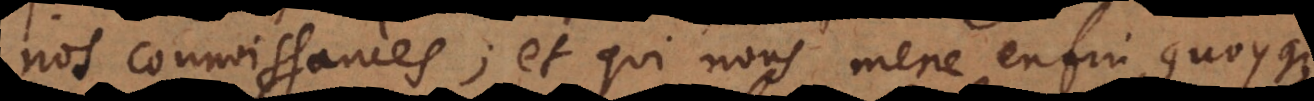
nos connoissances; et qui nous mene enfin, quoyque